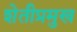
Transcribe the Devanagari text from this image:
शेतीप्रमुख